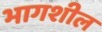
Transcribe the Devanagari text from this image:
भागशील